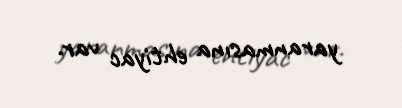
yaranmasına ehtiyac var.